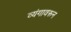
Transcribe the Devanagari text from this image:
व्यंगावरून